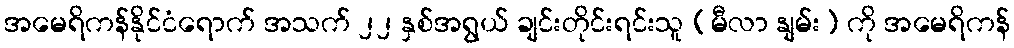
အမေရိကန်နိုင်ငံရောက် အသက် ၂၂ နှစ်အရွယ် ချင်းတိုင်းရင်းသူ (မီလာ နျမ်း) ကို အမေရိကန်